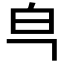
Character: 𰤒